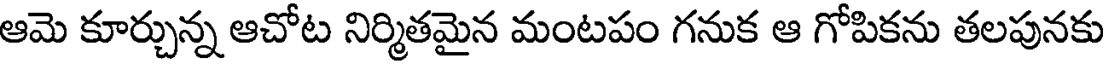
ఆమె కూర్చున్న ఆచోట నిర్మితమైన మంటపం గనుక ఆ గోపికను తలపునకు